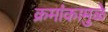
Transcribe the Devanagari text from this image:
क्रमांकामुळे